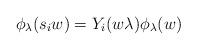
LaTeX: \begin{align*}\phi_{\lambda}(s_{i}w)=Y_{i}(w\lambda)\phi_{\lambda}(w) \end{align*}